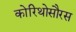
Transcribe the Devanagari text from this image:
कोरिथोसौरस